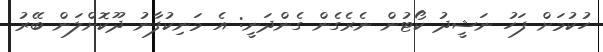
ހުކުމަށް ފަހު ނަޝީދު ކޯޓުން ނެރެގެން ގެންދަނީ: އެ މަނިކުފާނު ދޫކޮށްލަން ބޭރު